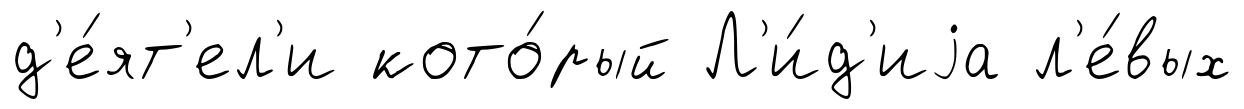
д'е́ят'ел'и кото́рый Л'и́д'иjа л'е́вых